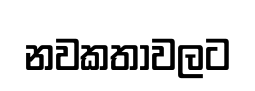
නවකතාවලට